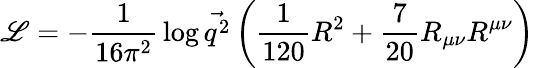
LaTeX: {\cal\mathscr{L}}=-{\frac{{1}}{{16\pi^{2}}}}\log\vec{{q^{2}}}\left({\frac{{1}}{{120}}}R^{2}+{\frac{{7}}{{20}}}R_{\mu\nu}R^{\mu\nu}\right)